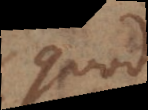
quod